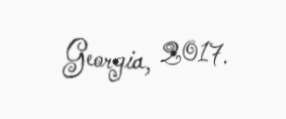
Georgia, 2017.